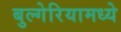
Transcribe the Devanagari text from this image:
बुल्गेरियामध्ये